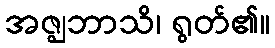
အဇ္ဈဘာသိ၊ ရွတ်၏။